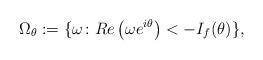
LaTeX: \begin{align*} \Omega_{\theta}:=\lbrace \omega\colon Re\left(\omega e^{i\theta}\right)<-I_f(\theta)\rbrace,\end{align*}